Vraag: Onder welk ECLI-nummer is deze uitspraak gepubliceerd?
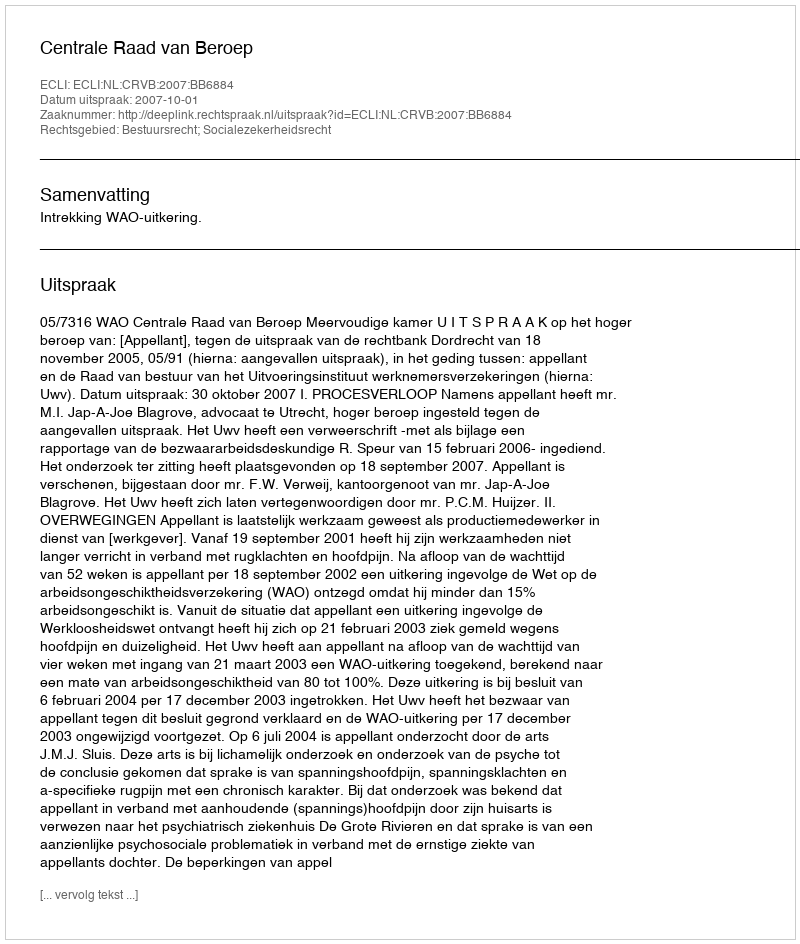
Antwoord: ECLI:NL:CRVB:2007:BB6884